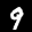
Label: 9